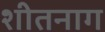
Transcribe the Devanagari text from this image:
शीतनाग